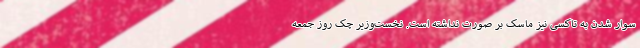
سوار شدن به تاکسی نیز ماسک بر صورت نداشته است. نخست‌وزیر چک روز جمعه